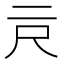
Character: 𰁗